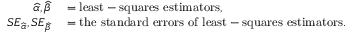
\begin{array} { r l } { { \widehat { \alpha } } , { \widehat { \beta } } } & { { } = { \mathrm { l e a s t - s q u a r e s ~ e s t i m a t o r s } } , } \\ { S E _ { \widehat { \alpha } } , S E _ { \widehat { \beta } } } & { { } = { \mathrm { t h e ~ s t a n d a r d ~ e r r o r s ~ o f ~ l e a s t - s q u a r e s ~ e s t i m a t o r s } } . } \end{array}